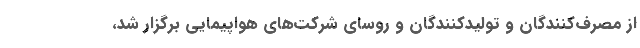
از مصرف‌کنندگان و تولیدکنندگان و روسای شرکت‌های هواپیمایی برگزار شد،